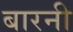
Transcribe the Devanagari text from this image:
बारनी